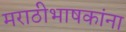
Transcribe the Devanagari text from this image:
मराठीभाषकांना